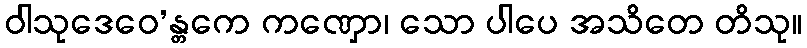
ဝါသုဒေဝေ’န္တကေ ကဏှော၊ သော ပါပေ အသိတေ တိသု။